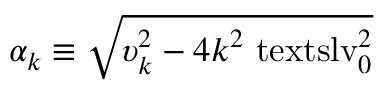
\alpha _ { k } \equiv \sqrt { \smash [ b ] { \upsilon _ { k } ^ { 2 } } - \smash [ b ] { 4 k ^ { 2 } \ensuremath { \mathrm { \ t e x t s l { v } } _ { 0 } } ^ { 2 } } }